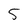
Character: 5